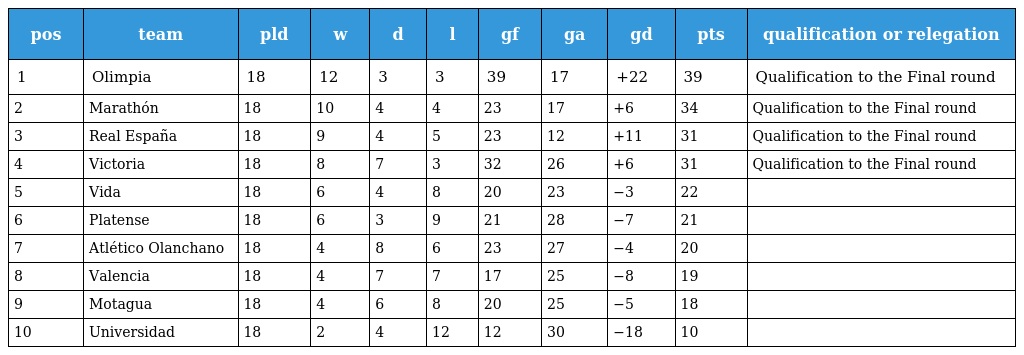
| pos | team | pld | w | d | l | gf | ga | gd | pts | qualification or relegation |
 | --- | --- | --- | --- | --- | --- | --- | --- | --- | --- | --- |
 | 1 | Olimpia | 18 | 12 | 3 | 3 | 39 | 17 | +22 | 39 | Qualification to the Final round |
 | 2 | Marathón | 18 | 10 | 4 | 4 | 23 | 17 | +6 | 34 | Qualification to the Final round |
 | 3 | Real España | 18 | 9 | 4 | 5 | 23 | 12 | +11 | 31 | Qualification to the Final round |
 | 4 | Victoria | 18 | 8 | 7 | 3 | 32 | 26 | +6 | 31 | Qualification to the Final round |
 | 5 | Vida | 18 | 6 | 4 | 8 | 20 | 23 | −3 | 22 |  |
 | 6 | Platense | 18 | 6 | 3 | 9 | 21 | 28 | −7 | 21 |  |
 | 7 | Atlético Olanchano | 18 | 4 | 8 | 6 | 23 | 27 | −4 | 20 |  |
 | 8 | Valencia | 18 | 4 | 7 | 7 | 17 | 25 | −8 | 19 |  |
 | 9 | Motagua | 18 | 4 | 6 | 8 | 20 | 25 | −5 | 18 |  |
 | 10 | Universidad | 18 | 2 | 4 | 12 | 12 | 30 | −18 | 10 |  |